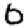
Digit: 6